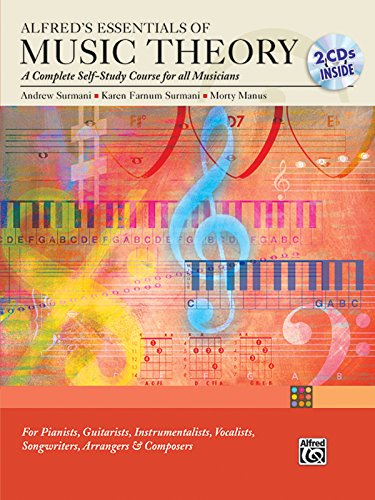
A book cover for Alfred's Essentials of Music Theory: A Complete Self-Study Course for All Musicians (Book & 2 CDs); Andrew Surmani; Arts & Photography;